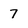
Character: 7